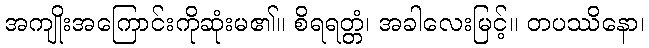
အကျိုးအကြောင်းကိုဆုံးမ၏။ စိရရတ္တံ၊ အခါလေးမြင့်။ တပဿိနော၊